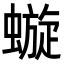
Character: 𧐗